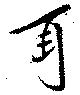
耳